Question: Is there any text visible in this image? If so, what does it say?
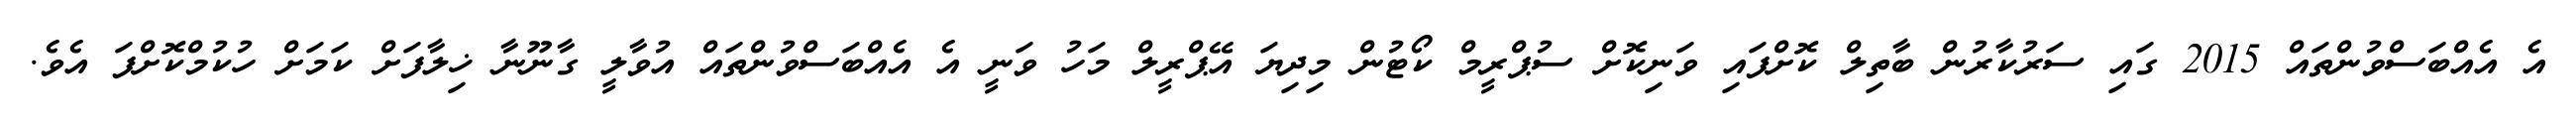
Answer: އެ އެއްބަސްވުންތައް 2015 ގައި ސަރުކާރުން ބާތިލް ކޮށްފައި ވަނިކޮށް ސުޕްރީމް ކޯޓުން މިދިޔަ އޭޕްރީލް މަހު ވަނީ އެ އެއްބަސްވުންތައް އުވާލީ ގާނޫނާ ޚިލާފަށް ކަމަށް ހުކުމްކޮށްފަ އެވެ.